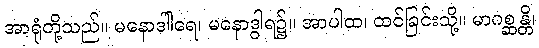
အာရုံတို့သည်။ မနောဒါါရေ၊ မနောဒွါရ၌။ အာပါထ၊ ထင်ခြင်းသို့။ မာဂစ္ဆန္တိ၊